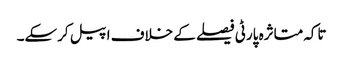
تاکہ متاثرہ پارٹی فیصلے کے خلاف اپیل کرسکے۔